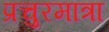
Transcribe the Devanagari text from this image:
प्रचुरमात्रा